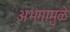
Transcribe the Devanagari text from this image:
अभंगामुळे